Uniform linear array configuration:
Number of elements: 12
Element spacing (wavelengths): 1
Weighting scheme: kaiser
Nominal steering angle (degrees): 15
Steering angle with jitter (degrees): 14.28
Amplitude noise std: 0.05
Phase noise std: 0.05

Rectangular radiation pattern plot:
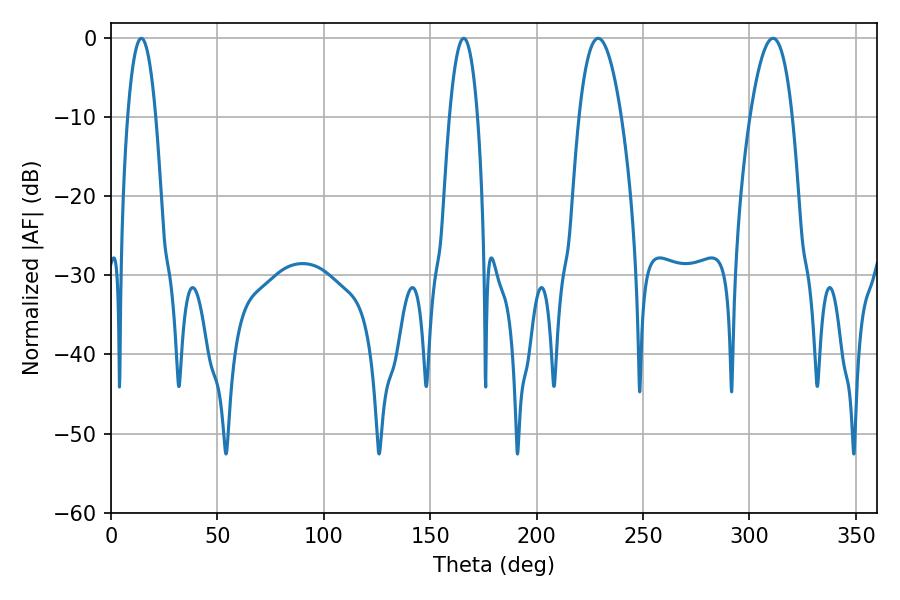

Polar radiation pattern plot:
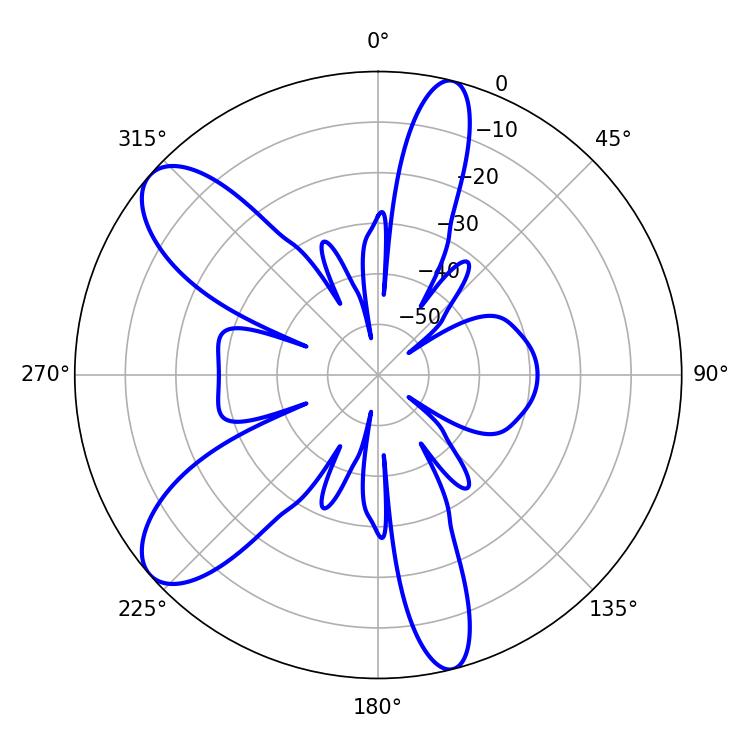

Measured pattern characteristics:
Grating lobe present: TRUE
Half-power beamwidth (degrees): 10.98
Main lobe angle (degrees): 228.96